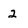
Character: 2